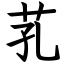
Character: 芤